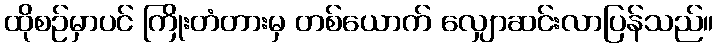
ထိုစဉ်မှာပင် ကြိုးတံတားမှ တစ်ယောက် လျှောဆင်းလာပြန်သည်။